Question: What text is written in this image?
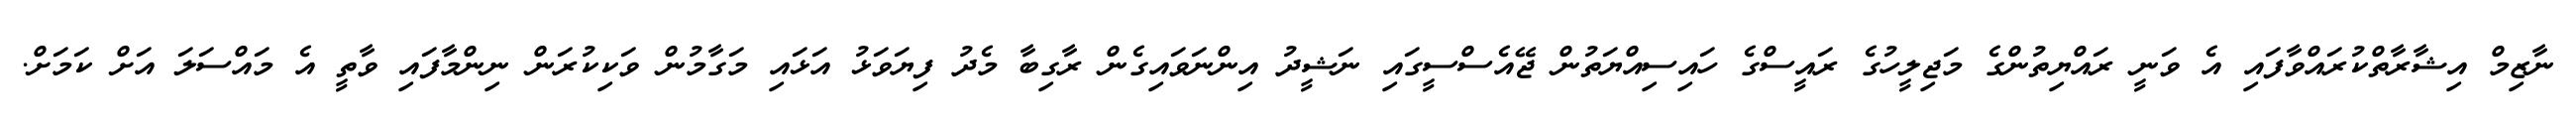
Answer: ނާޒިމް އިޝާރާތްކުރައްވާފައި އެ ވަނީ ރައްޔިތުންގެ މަޖިލީހުގެ ރައީސްގެ ހައިސިއްޔަތުން ޖޭއެސްސީގައި ނަޝީދު އިންނަވައިގެން ރާގިބާ މެދު ފިޔަވަޅު އަޅައި މަގާމުން ވަކިކުރަން ނިންމާފައި ވާތީ އެ މައްސަލަ އަށް ކަމަށް.